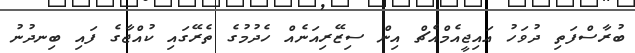
ބުރާސްފަތި ދުވަހު އައިޖީއެމްއެޗް އިން ސިޒޭރިއަނެއް ހެދުމުގެ ތެރޭގައި ކުއްޖާގެ ފައި ބިނދުނު